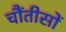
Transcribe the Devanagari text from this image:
चौंतीसों